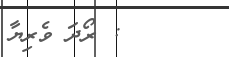
: ރޯދަ ވެރިޔާ